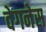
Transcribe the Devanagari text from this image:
वेगनेस